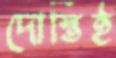
দোস্তিই